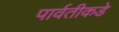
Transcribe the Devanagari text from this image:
पार्वतीकडे